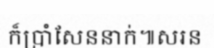
ក៏ប្រាំសែននាក់៕សរន